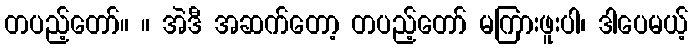
တပည့်တော်။ ။ အဲဒီ အဆက်တော့ တပည့်တော် မကြားဖူးပါ၊ ဒါပေမယ့်